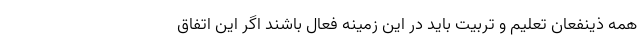
همه ذینفعان تعلیم و تربیت باید در این زمینه فعال باشند اگر این اتفاق